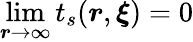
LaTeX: \operatorname*{lim}_{\boldsymbol{r}\to\infty}t_{s}(\boldsymbol{r},\boldsymbol{\xi})=0